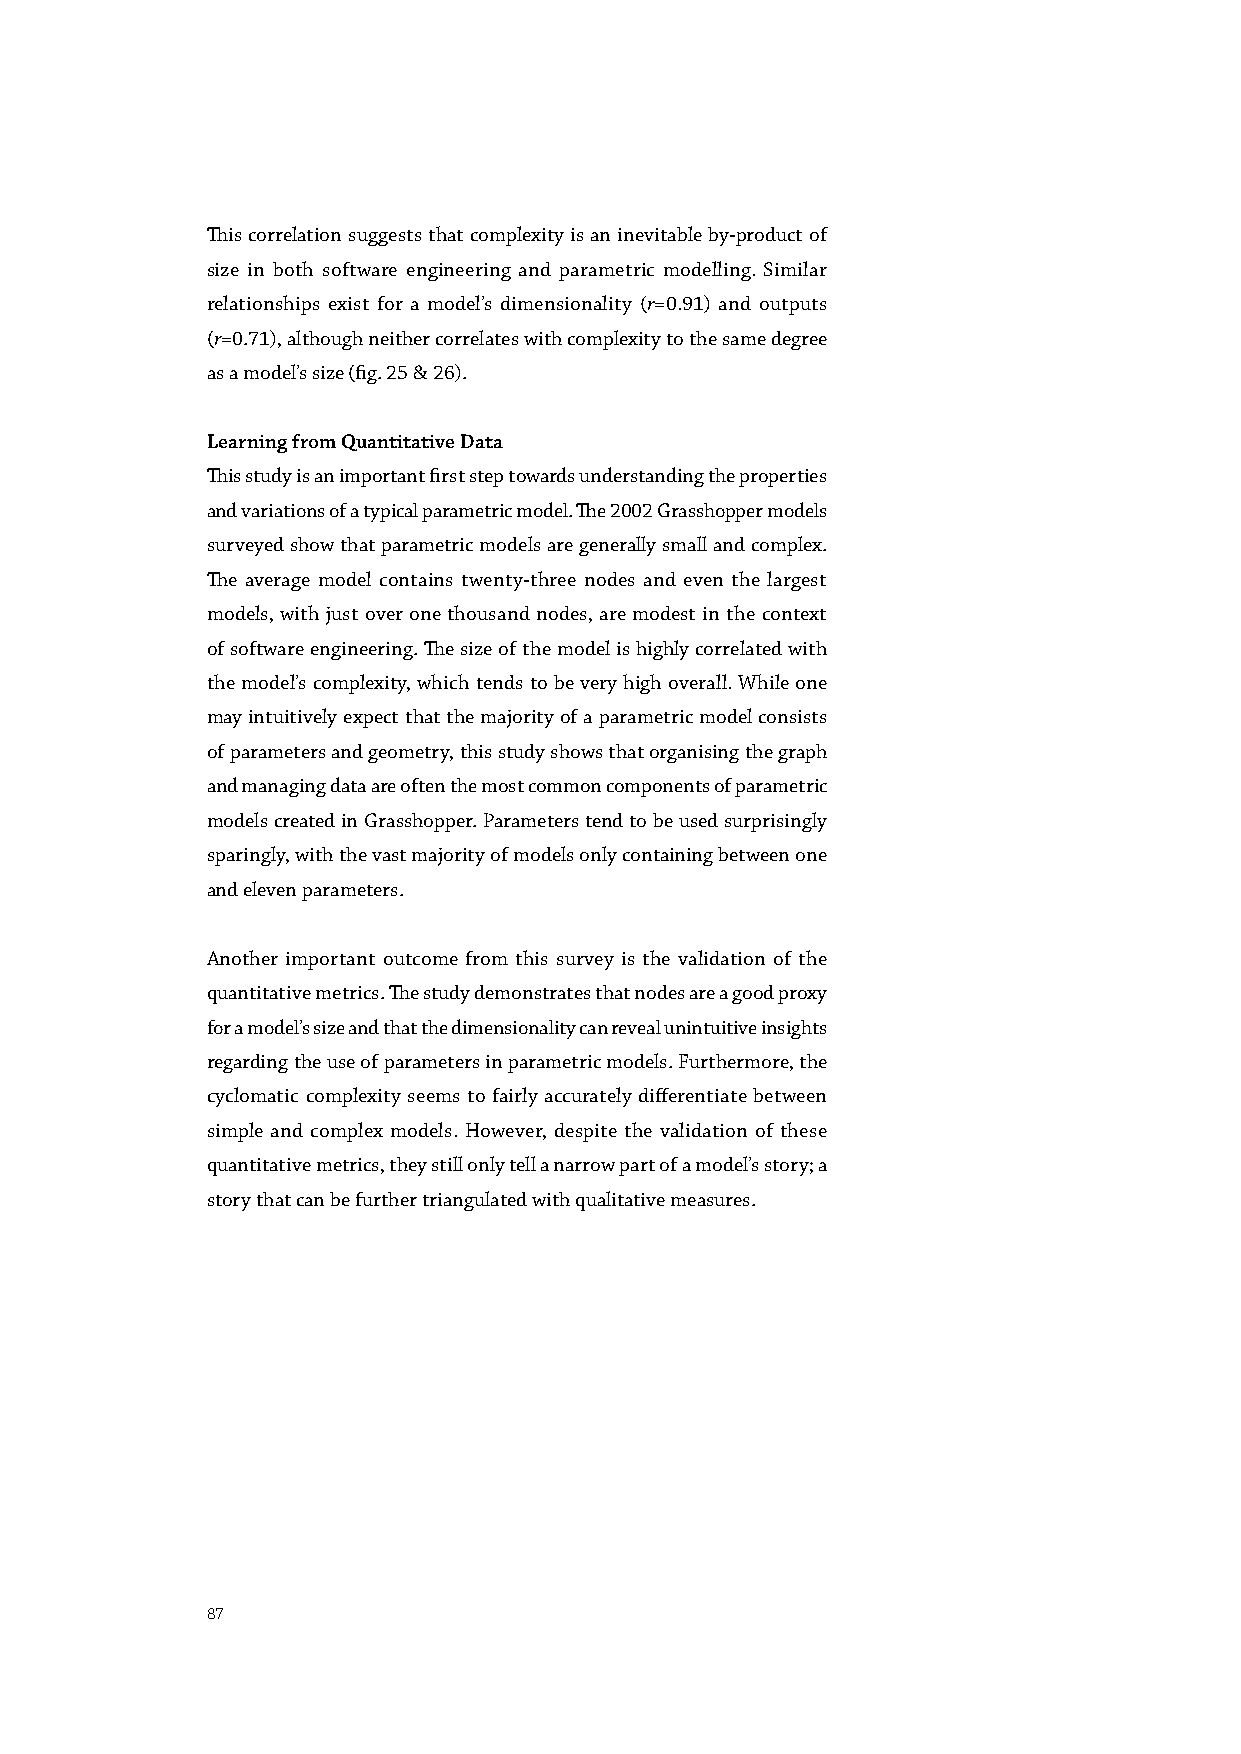
This correlation suggests that complexity is an inevitable by-product of
 size in both software engineering and parametric modelling. Similar
 relationships exist for a model’s dimensionality (r=0.91) and outputs
 (r=0.71), although neither correlates with complexity to the same degree
 as a model’s size (fig. 25 & 26).
 Learning from Quantitative Data
 This study is an important first step towards understanding the properties
 and variations of a typical parametric model. The 2002 Grasshopper models
 surveyed show that parametric models are generally small and complex.
 The average model contains twenty-three nodes and even the largest
 models, with just over one thousand nodes, are modest in the context
 of software engineering. The size of the model is highly correlated with
 the model’s complexity, which tends to be very high overall. While one
 may intuitively expect that the majority of a parametric model consists
 of parameters and geometry, this study shows that organising the graph
 and managing data are often the most common components of parametric
 models created in Grasshopper. Parameters tend to be used surprisingly
 sparingly, with the vast majority of models only containing between one
 and eleven parameters.
 Another important outcome from this survey is the validation of the
 quantitative metrics. The study demonstrates that nodes are a good proxy
 for a model’s size and that the dimensionality can reveal unintuitive insights
 regarding the use of parameters in parametric models. Furthermore, the
 cyclomatic complexity seems to fairly accurately differentiate between
 simple and complex models. However, despite the validation of these
 quantitative metrics, they still only tell a narrow part of a model’s story; a
 story that can be further triangulated with qualitative measures.
 87